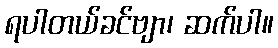
ရပါတယ်ခင်ဗျာ၊ ဆက်ပါ။